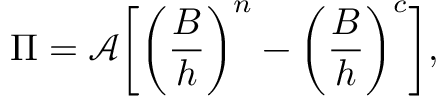
\Pi = \mathcal { A } \bigg [ \bigg ( \frac { B } { h } \bigg ) ^ { n } - \bigg ( \frac { B } { h } \bigg ) ^ { c } \bigg ] ,